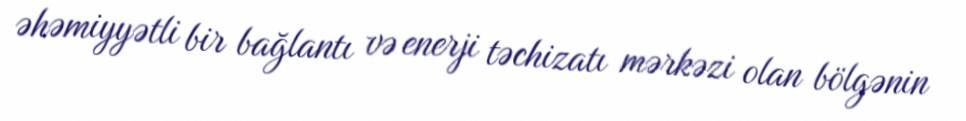
əhəmiyyətli bir bağlantı və enerji təchizatı mərkəzi olan bölgənin